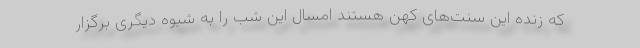
که زنده این سنت‌های کهن هستند امسال این شب را به شیوه دیگری برگزار